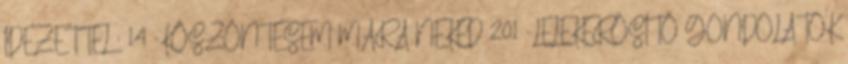
IDÉZETTEL : 14 -KÖSZÖNTÉSEM MÁRA NEKED 201 -LÉLEKERŐSÍTŐ GONDOLATOK